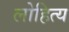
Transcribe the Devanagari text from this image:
लोहित्य